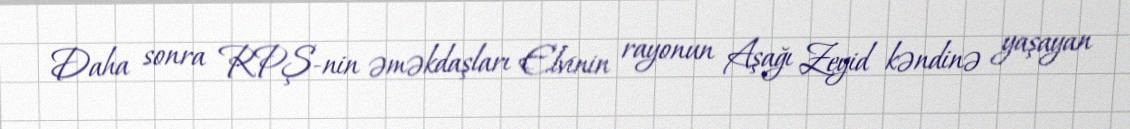
Daha sonra RPŞ-nin əməkdaşları Elvinin rayonun Aşağı Zeyid kəndinə yaşayan